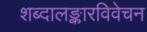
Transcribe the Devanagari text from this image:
शब्दालङ्कारविवेचन